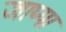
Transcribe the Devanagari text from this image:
जाप्पा